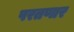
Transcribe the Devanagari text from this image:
परतणार